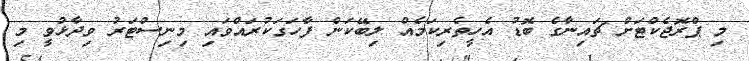
މި ޕްރޮޖެކްޓަށް ޗައިނާގެ ބޮޑު އެހީތެރިކަމެއް ލިބޭކަން ފާހަގަކުރައްވައި މިނިސްޓަރު ވިދާޅުވީ މި